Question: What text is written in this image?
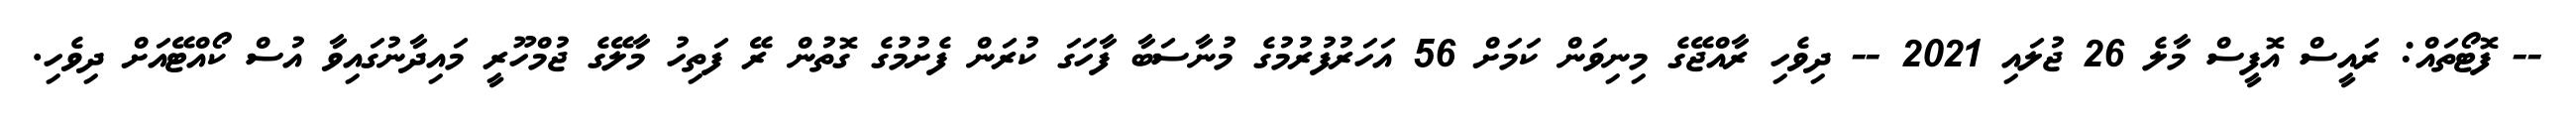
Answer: -- ފޮޓޯތައް: ރައީސް އޮފީސް މާލެ 26 ޖުލައި 2021 -- ދިވެހި ރާއްޖޭގެ މިނިވަން ކަމަށް 56 އަހަރުފުރުމުގެ މުނާސަބާ ފާހަގަ ކުރަން ފެށުމުގެ ގޮތުން ރޭ ފަތިހު މާލޭގެ ޖުމްހޫރީ މައިދާނުގައިވާ އުސް ކޯއްޓޭއަށް ދިވެހި.